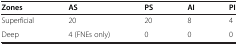
<table><thead><tr><td><b>Zones</b></td><td><b>AS</b></td><td><b>PS</b></td><td><b>AI</b></td><td><b>PI</b></td></tr></thead><tbody><tr><td>Superficial</td><td>20</td><td>20</td><td>8</td><td>4</td></tr><tr><td>Deep</td><td>4 (FNEs only)</td><td>0</td><td>0</td><td>0</td></tr></tbody></table>